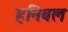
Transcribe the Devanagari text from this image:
हनिबल